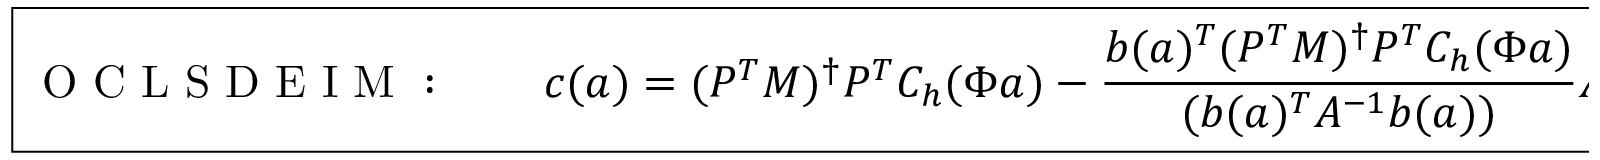
\boxed { \mathrm { ~ O ~ C ~ L ~ S ~ D ~ E ~ I ~ M ~ : ~ } \qquad \boldsymbol { c } ( \boldsymbol { a } ) = ( P ^ { T } M ) ^ { \dagger } P ^ { T } C _ { h } ( \Phi \boldsymbol { a } ) - \frac { \boldsymbol { b } ( \boldsymbol { a } ) ^ { T } ( P ^ { T } M ) ^ { \dagger } P ^ { T } C _ { h } ( \Phi \boldsymbol { a } ) } { ( \boldsymbol { b } ( \boldsymbol { a } ) ^ { T } A ^ { - 1 } \boldsymbol { b } ( \boldsymbol { a } ) ) } A ^ { - 1 } \boldsymbol { b } ( \boldsymbol { a } ) , }